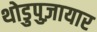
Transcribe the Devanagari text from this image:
थोडुपुज़ायार